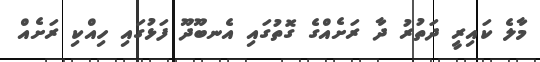
މާލެ ކައިރީ ދަތުރު ދާ ރަށެއްގެ ގޮތުގައި އެނބޫދޫ ފަޅުގައި ހިއްކި ރަށެއް